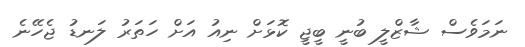
ނަމަވެސް ޝާޒްލީ ބުނީ ބީޖީ ކޮޅަށް ނިއު އަށް ހަތަރު ލަނޑު ޖެހޭނެ